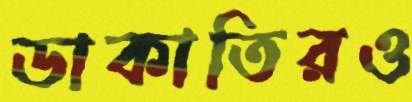
ডাকাতিরও